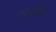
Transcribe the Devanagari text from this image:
उंचीत